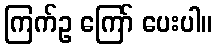
ကြက်ဥ ကြော် ပေးပါ။